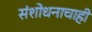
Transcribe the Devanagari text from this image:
संशोधनाचाही